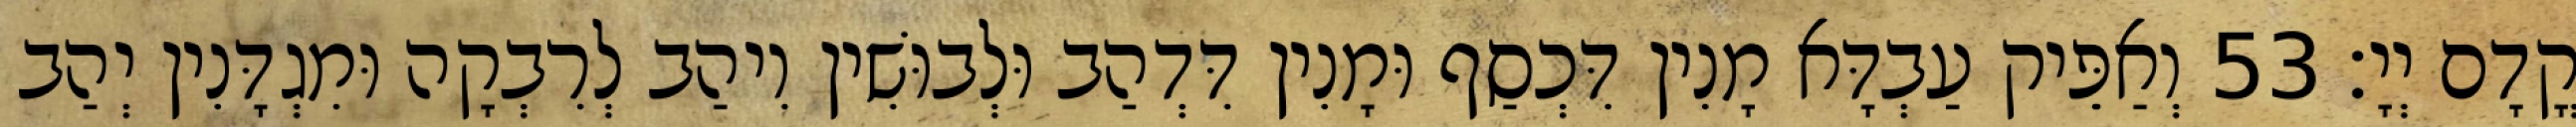
קֳדָם יְיָ׃ 53 וְאַפֵּיק עַבְדָּא מָנִין דִּכְסַף וּמָנִין דִּדְהַב וּלְבוּשִׁין וִיהַב לְרִבְקָה וּמִגְדָּנִין יְהַב